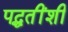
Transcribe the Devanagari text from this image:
पद्धतींशी